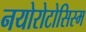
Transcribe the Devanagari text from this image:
नयोरोटोसिस्म